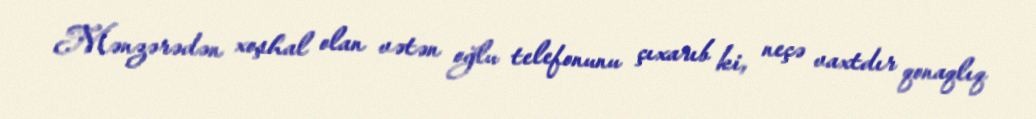
Mənzərədən xoşhal olan vətən oğlu telefonunu çıxarıb ki, neçə vaxtdır qonaqlıq